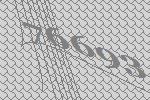
76693